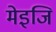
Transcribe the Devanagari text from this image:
मेइजि